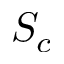
S _ { c }